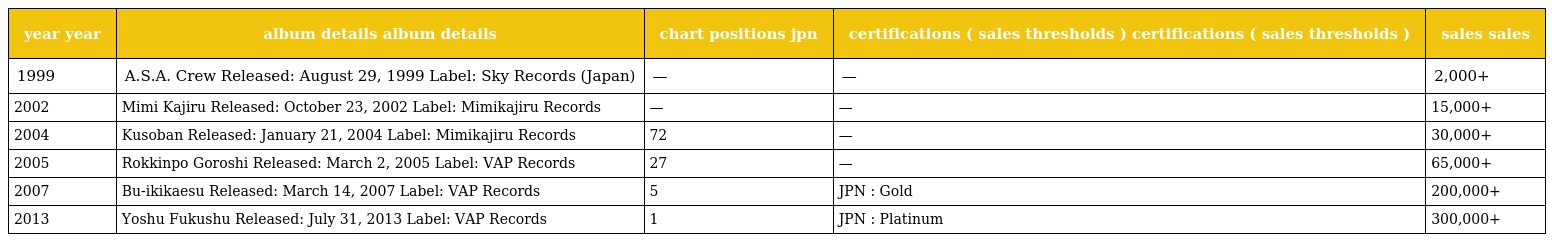
| year year | album details album details | chart positions jpn | certifications ( sales thresholds ) certifications ( sales thresholds ) | sales sales |
 | --- | --- | --- | --- | --- |
 | 1999 | A.S.A. Crew Released: August 29, 1999 Label: Sky Records (Japan) | — | — | 2,000+ |
 | 2002 | Mimi Kajiru Released: October 23, 2002 Label: Mimikajiru Records | — | — | 15,000+ |
 | 2004 | Kusoban Released: January 21, 2004 Label: Mimikajiru Records | 72 | — | 30,000+ |
 | 2005 | Rokkinpo Goroshi Released: March 2, 2005 Label: VAP Records | 27 | — | 65,000+ |
 | 2007 | Bu-ikikaesu Released: March 14, 2007 Label: VAP Records | 5 | JPN : Gold | 200,000+ |
 | 2013 | Yoshu Fukushu Released: July 31, 2013 Label: VAP Records | 1 | JPN : Platinum | 300,000+ |